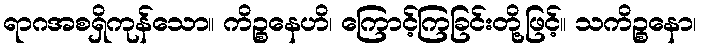
ရာဂအစရှိကုန်သော။ ကိဉ္စနေဟိ၊ ကြောင့်ကြခြင်းတို့ဖြင့်။ သကိဉ္စနော၊